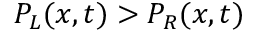
P _ { L } ( x , t ) > P _ { R } ( x , t )